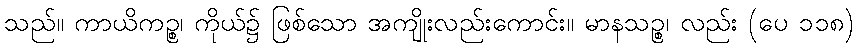
သည်။ ကာယိကဉ္စ၊ ကိုယ်၌ ဖြစ်သော အကျိုးလည်းကောင်း။ မာနသဉ္စ၊ လည်း (ပေ ၁၁၈)